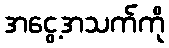
အငွေ့အသက်ကို